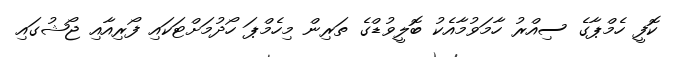
ކޮފީ ހެމްޕާގެ ސިއްރު ހާމަވުމާއެކު ބޮލީވުޑްގެ ތަރިން މިހެމްޕަ ހޯދުމަށްޓަކައި ފޯރިއާއި ޖޯޝުގައި